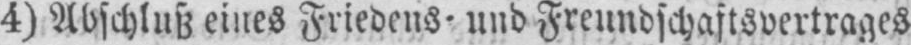
4) Abschluß eines Friedens⸗ und Freundschaftsvertrages